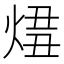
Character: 𤊛